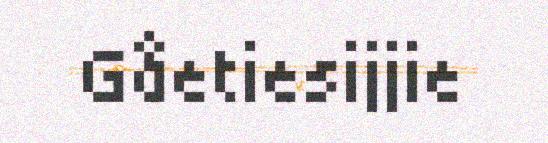
Gåetiesijjie